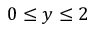
0 \le y \le 2